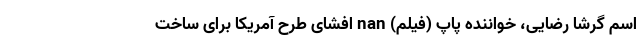
اسم گرشا رضایی، خواننده پاپ (فیلم) nan افشای طرح آمریکا برای ساخت